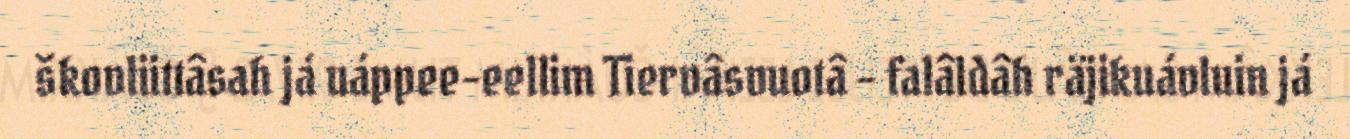
škovliittâsah já uáppee-eellim Tiervâsvuotâ – falâldâh räjikuávluin já